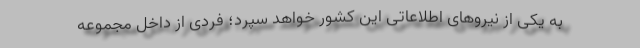
به یکی از نیروهای اطلاعاتی این کشور خواهد سپرد؛ فردی از داخل مجموعه